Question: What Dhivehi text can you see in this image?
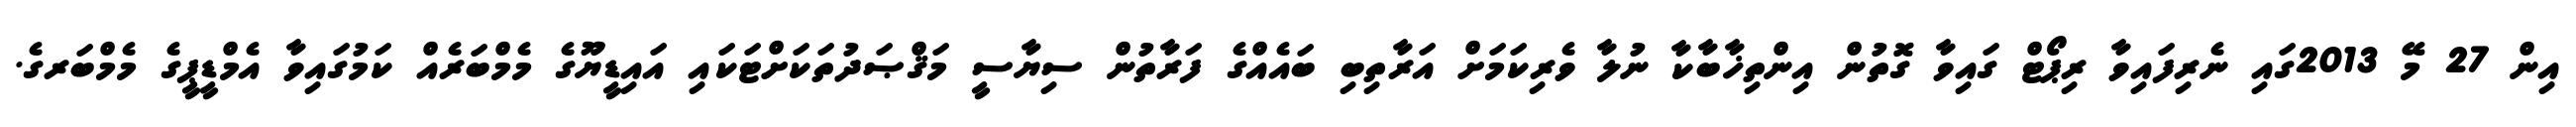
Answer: އިން 27 މޭ 2013ގައި ނެރިފައިވާ ރިޕޯޓް ގައިވާ ގޮތުން އިންތިޚާބާކާ ނުލާ ވެރިކަމަށް އަރާތިބި ބައެއްގެ ފަރާތުން ސިޔާސީ މަޤްޞަދުތަކަށްޓަކައި އައިޑީޔޫގެ މެމްބަރެއް ކަމުގައިވާ އެމްޑީޕީގެ މެމްބަރގެ.